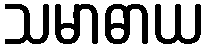
သမာဓာယ